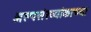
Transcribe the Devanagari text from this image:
अल्पसंख्यांकाच्या